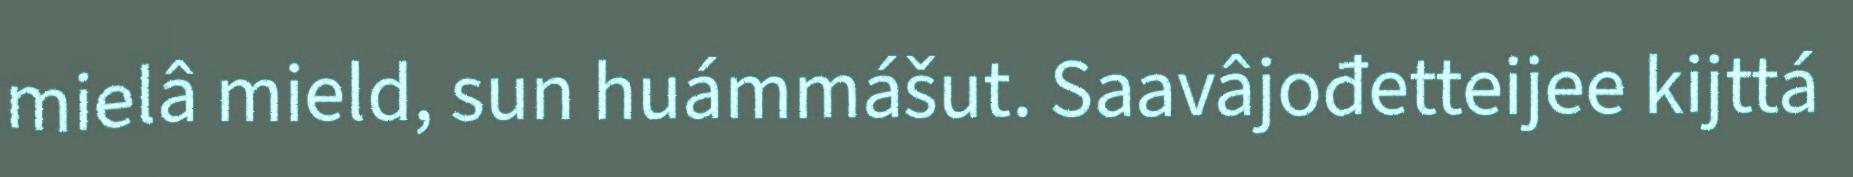
mielâ mield, sun huámmášut. Saavâjođetteijee kijttá